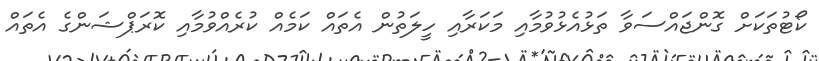
ކޯޓުތަކަށް ގޮންޖައްސަވާ ތަޅުއެޅުވުމާއި މަކަރާއި ހީލަތުން އެތައް ކަމެއް ކުރެއްވުމާއި ކޮރަޕްޝަންގެ އެތައް